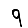
Digit: 9